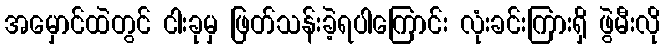
အမှောင်ထဲတွင် ငါးခုမှ ဖြတ်သန်းခဲ့ရပါကြောင်း လုံးခင်းကြားရှိ ဖွဲမီးလို